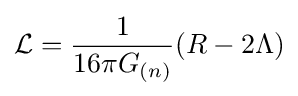
{\mathcal {L}}={\frac {1}{16\pi G_{(n)}}}(R-2\Lambda )